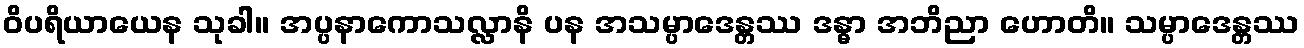
ဝိပရိယာယေန သုခါ။ အပ္ပနာကောသလ္လာနိ ပန အသမ္ပာဒေန္တဿ ဒန္ဓာ အဘိညာ ဟောတိ။ သမ္ပာဒေန္တဿ